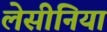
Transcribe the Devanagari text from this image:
लेसीनिया